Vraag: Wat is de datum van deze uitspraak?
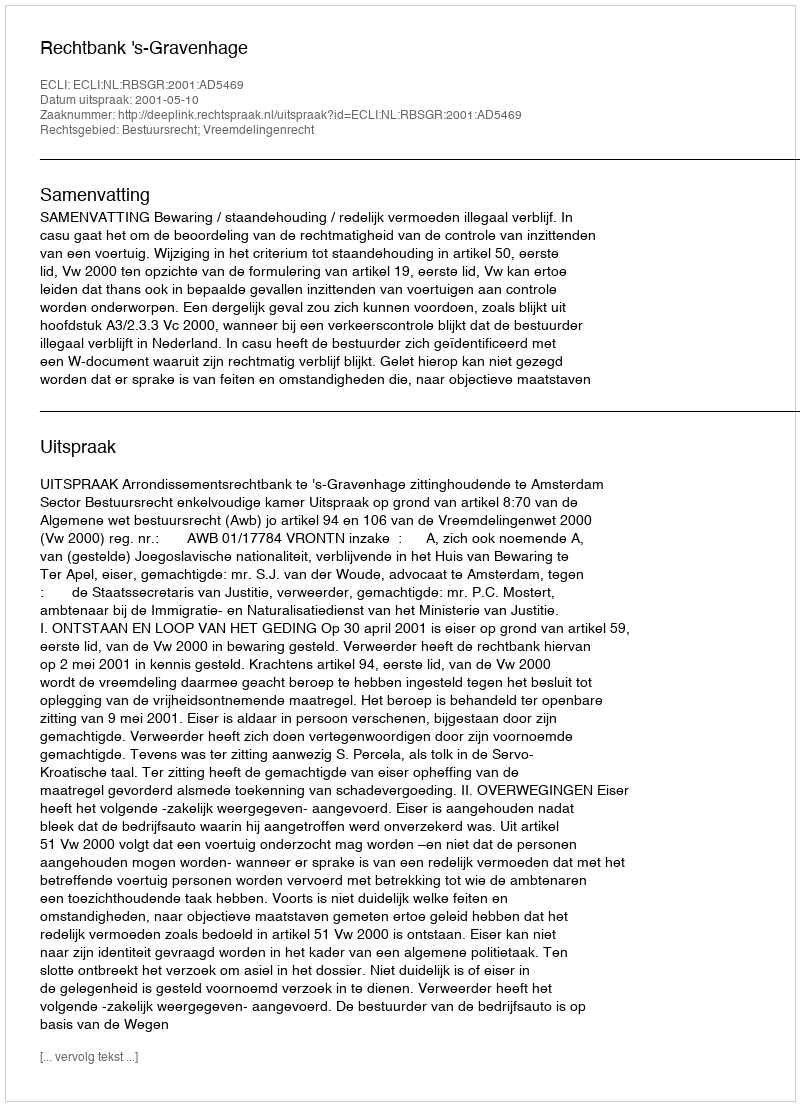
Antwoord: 2001-05-10